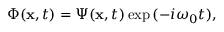
\Phi ( { \bf x } , t ) = \Psi ( { \bf x } , t ) \exp { ( - i \omega _ { 0 } t ) } ,